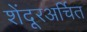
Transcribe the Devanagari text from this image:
शेंदूरअर्चित